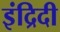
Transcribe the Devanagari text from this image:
इंद्रिदी